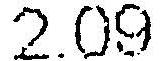
2.09